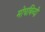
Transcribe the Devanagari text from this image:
मोचबिन्दी